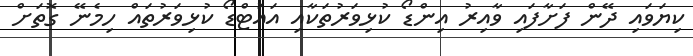
ކިޔަވައި ދޭން ފަށާފައި ވާއިރު އިންޑޯ ކުޅިވަރުތަކާއި އައުޓްޑޯ ކުޅިވަރުތައް ހިމެނޭ ގޮތަށް